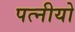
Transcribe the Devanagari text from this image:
पत्नीयो